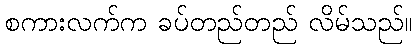
စကားလက်က ခပ်တည်တည် လိမ်သည်။